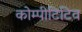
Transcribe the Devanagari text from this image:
कोम्पीटिटिव